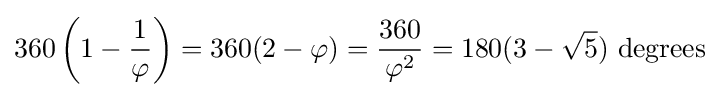
360\left(1-{\frac {1}{\varphi }}\right)=360(2-\varphi )={\frac {360}{\varphi ^{2}}}=180(3-{\sqrt {5}}){\text{ degrees}}